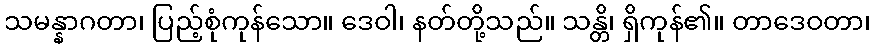
သမန္နာဂတာ၊ ပြည့်စုံကုန်သော။ ဒေဝါ၊ နတ်တို့သည်။ သန္တိ၊ ရှိကုန်၏။ တာဒေဝတာ၊